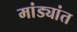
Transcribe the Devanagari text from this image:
मांड्यांत